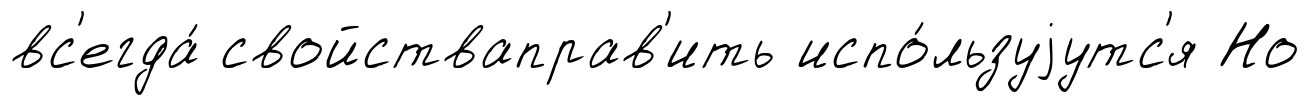
вс'егда́ свойстваправ'ить испо́льзуjутс'я Но